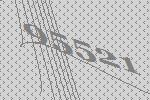
95521